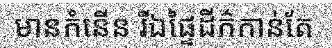
មានកំនើន រីឯផ្ទៃដីក៌កាន់តែ